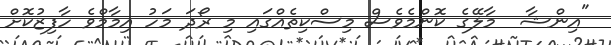
"އިންޝާ  މާލޭގެ ކޮންމެވެސް މިސްކިތެއްގައި މި ރޯދަ މަހު އިމާމްވެ ހާފިޒުކޮށް